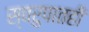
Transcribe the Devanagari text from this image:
स्वरुपातही